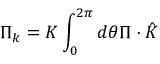
\Pi _ { k } = K \int _ { 0 } ^ { 2 \pi } d \theta \Pi \cdot \hat { K }